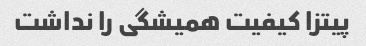
پیتزا کیفیت همیشگی را نداشت